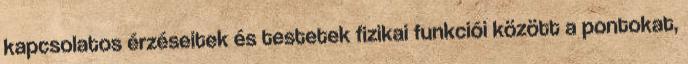
kapcsolatos érzéseitek és testetek fizikai funkciói között a pontokat,